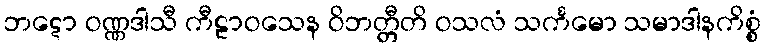
ဘဋော ဝဏ္ဏဒါသီ ကီဠာဝသေန ဝိဘတ္တီတိ ဝသလံ သင်္ကမော သမာဒါနကိစ္စံ